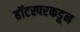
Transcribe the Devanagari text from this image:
हॉटस्परकडून